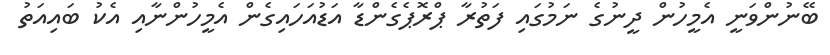
ބޭނުންވަނީ އެމީހުން ދީނުގެ ނަމުގައި ފަތުރާ ޕްރޮޕެގެންޑާ އަޑުއަހައިގެން އެމީހުންނާއި އެކު ބައިއަތު